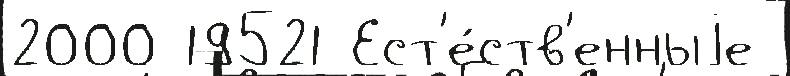
2000 19521 Ест'е́ств'енныjе